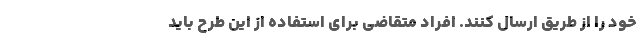
خود را از طریق ارسال کنند. افراد متقاضی برای استفاده از این طرح باید